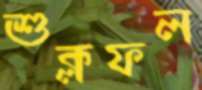
শুক্লফল